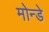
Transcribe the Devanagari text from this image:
मोन्डे